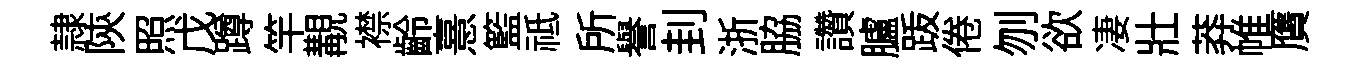
隷陝照戊蹲竿覯襟齡憙籃祗所譽刲浙脇讚臚䟦倦刎欲凄壯莽帷贋